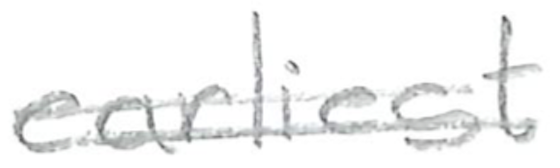
Text: earliest
Cross-out: double-line
Writing tool: pencil